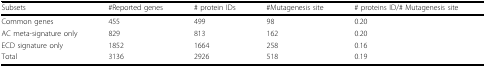
<table><thead><tr><td><b>Subsets</b></td><td><b>#Reported genes</b></td><td><b># protein IDs</b></td><td><b>#Mutagenesis site</b></td><td><b># proteins ID/# Mutagenesis site</b></td></tr></thead><tbody><tr><td>Common genes</td><td>455</td><td>499</td><td>98</td><td>0.20</td></tr><tr><td>AC meta-signature only</td><td>829</td><td>813</td><td>162</td><td>0.20</td></tr><tr><td>ECD signature only</td><td>1852</td><td>1664</td><td>258</td><td>0.16</td></tr><tr><td>Total</td><td>3136</td><td>2926</td><td>518</td><td>0.19</td></tr></tbody></table>